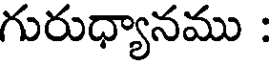
గురుధ్యానము :